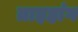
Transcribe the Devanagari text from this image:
ताइहांग